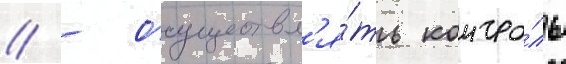
// - осуществл'я́ть контро́ль